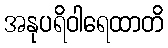
အနုပရိဝါရေထာတိ